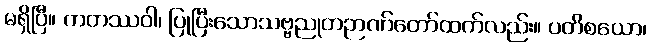
မရှိပြီ။ ကတဿဝါ၊ ပြုပြီးသောသဗ္ဗညုတဉာဏ်တော်ထက်လည်း။ ပတိစယော၊